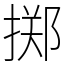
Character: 掷